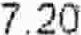
7.20